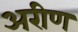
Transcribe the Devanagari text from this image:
अरीण